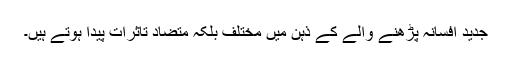
جدید افسانہ پڑھنے والے کے ذہن میں مختلف بلکہ متضاد تاثرات پیدا ہوتے ہیں۔